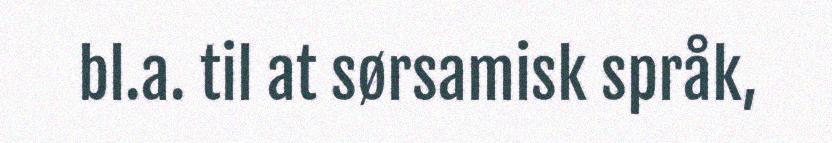
bl.a. til at sørsamisk språk,